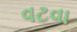
વટવા